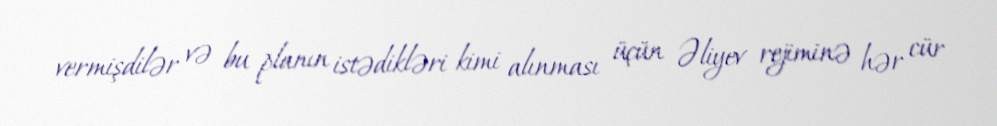
vermişdilər və bu planın istədikləri kimi alınması üçün Əliyev rejiminə hər cür